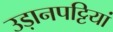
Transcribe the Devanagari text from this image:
उड़ानपट्टियां